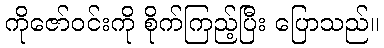
ကိုဇော်ဝင်းကို စိုက်ကြည့်ပြီး ပြောသည်။